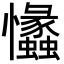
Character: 𢥾